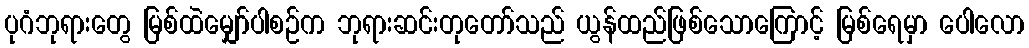
ပုဂံဘုရားတွေ မြစ်ထဲမျှော်ပါစဉ်က ဘုရားဆင်းတုတော်သည် ယွန်ထည်ဖြစ်သောကြောင့် မြစ်ရေမှာ ပေါလော